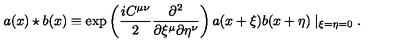
a ( x ) \star b ( x ) \equiv \exp \left( \frac { i C ^ { \mu \nu } } { 2 } \frac { \partial ^ { 2 } } { \partial \xi ^ { \mu } \partial \eta ^ { \nu } } \right) a ( x + \xi ) b ( x + \eta ) \mid _ { \xi = \eta = 0 } .